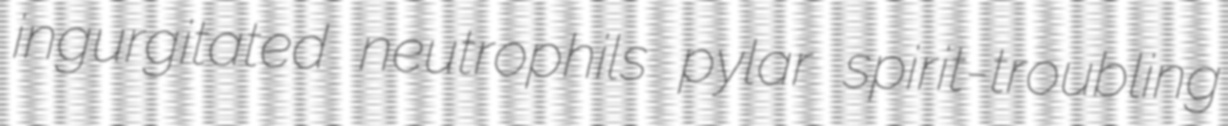
ingurgitated neutrophils pylar spirit-troubling